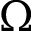
\Omega